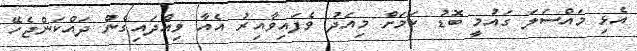
އެޅި މައްސަލަ ގައުމީ ބޮޑު ކަމަށް މިއަދު ވެފައިވާއިރު އެއާ ވިއްދައިގެން ދައްކަންޖެހޭ